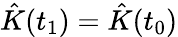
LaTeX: \hat{K}(t_{1})=\hat{K}(t_{0})